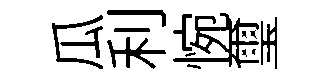
瓜利惋璽